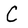
Character: C